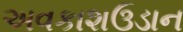
અવકાશઉડાન